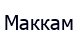
Маккам